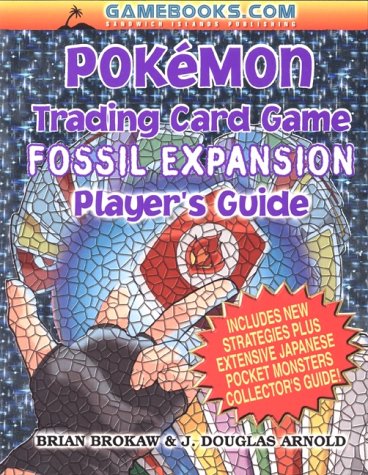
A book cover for PokÃ©mon Trading Card Game Fossil Expansion Player's Guide; Brian Brokaw; Science Fiction & Fantasy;